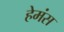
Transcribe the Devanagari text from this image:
हेमंस